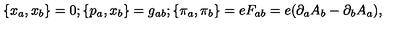
\{ x _ { a } , x _ { b } \} = 0 ; \{ p _ { a } , x _ { b } \} = g _ { a b } ; \{ \pi _ { a } , \pi _ { b } \} = e F _ { a b } = e ( \partial _ { a } A _ { b } - \partial _ { b } A _ { a } ) ,